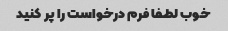
خوب لطفا فرم درخواست را پر کنید